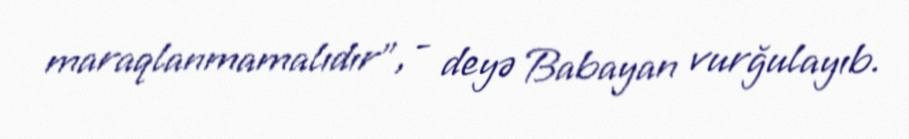
maraqlanmamalıdır”, - deyə Babayan vurğulayıb.